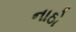
નાઠો